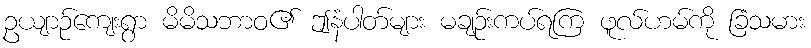
ဥယျာဉ်ကျေးရွာ မိမိသဘာဝ၏ ဤနံပါတ်များ မချဉ်းကပ်ရကြ ဖူလ်ဟမ်ကို ခြံသမား